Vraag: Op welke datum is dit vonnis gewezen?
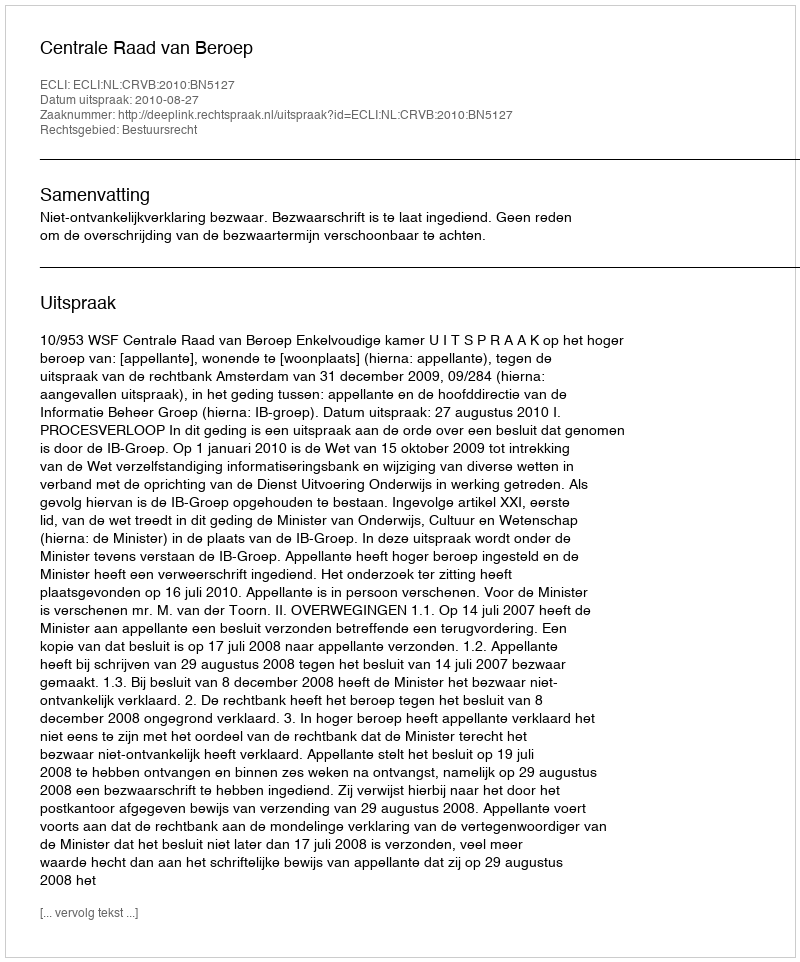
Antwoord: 2010-08-27